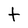
Character: t